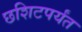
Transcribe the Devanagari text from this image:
छशिटपर्यंत